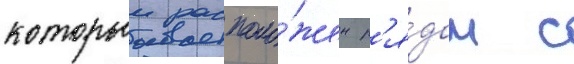
которыи располо́жен р'я́дом с